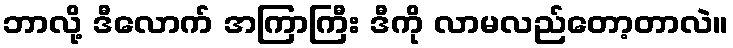
ဘာလို့ ဒီလောက် အကြာကြီး ဒီကို လာမလည်တော့တာလဲ။